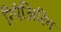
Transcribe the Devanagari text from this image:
रिपेअिरिंग